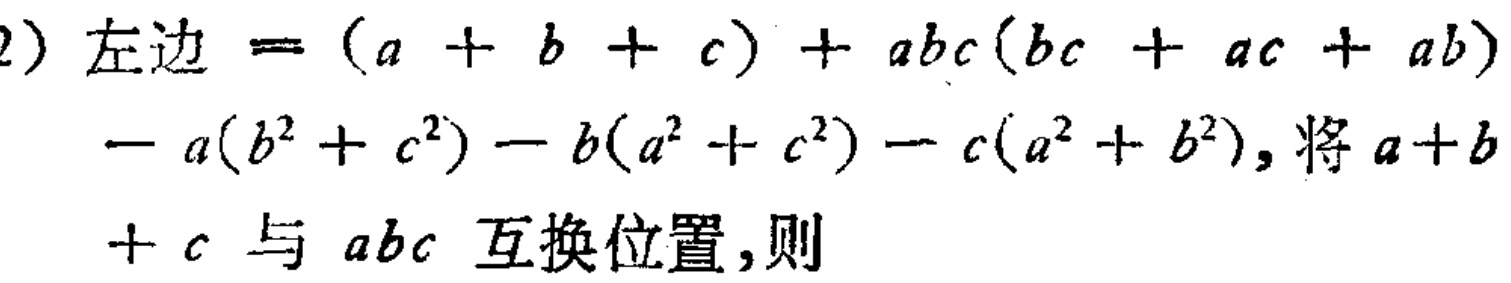
(2) 左边$=(a + b + c)+abc(bc + ac + ab)-a(b^{2}+c^{2})-b(a^{2}+c^{2})-c(a^{2}+b^{2})$，将$a + b + c$与$abc$互换位置，则